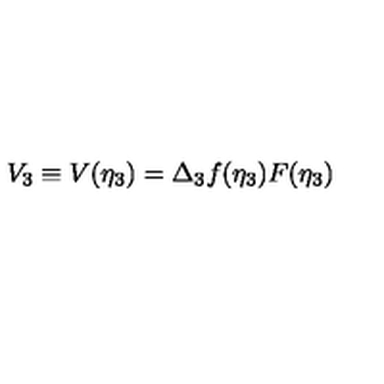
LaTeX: V _ { 3 } \equiv V ( \eta _ { 3 } ) = \Delta _ { 3 } f ( \eta _ { 3 } ) F ( \eta _ { 3 } )